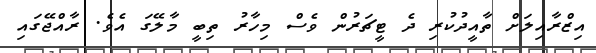
އިޒްރާއިލަށް ތާއީދުކުރި ދެ ޓީޗަރުން ވެސް މިހާރު ތިބީ މާލޭގަ އެވެ. ރާއްޖޭގައި